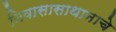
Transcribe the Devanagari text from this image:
निवासासाथानाचे